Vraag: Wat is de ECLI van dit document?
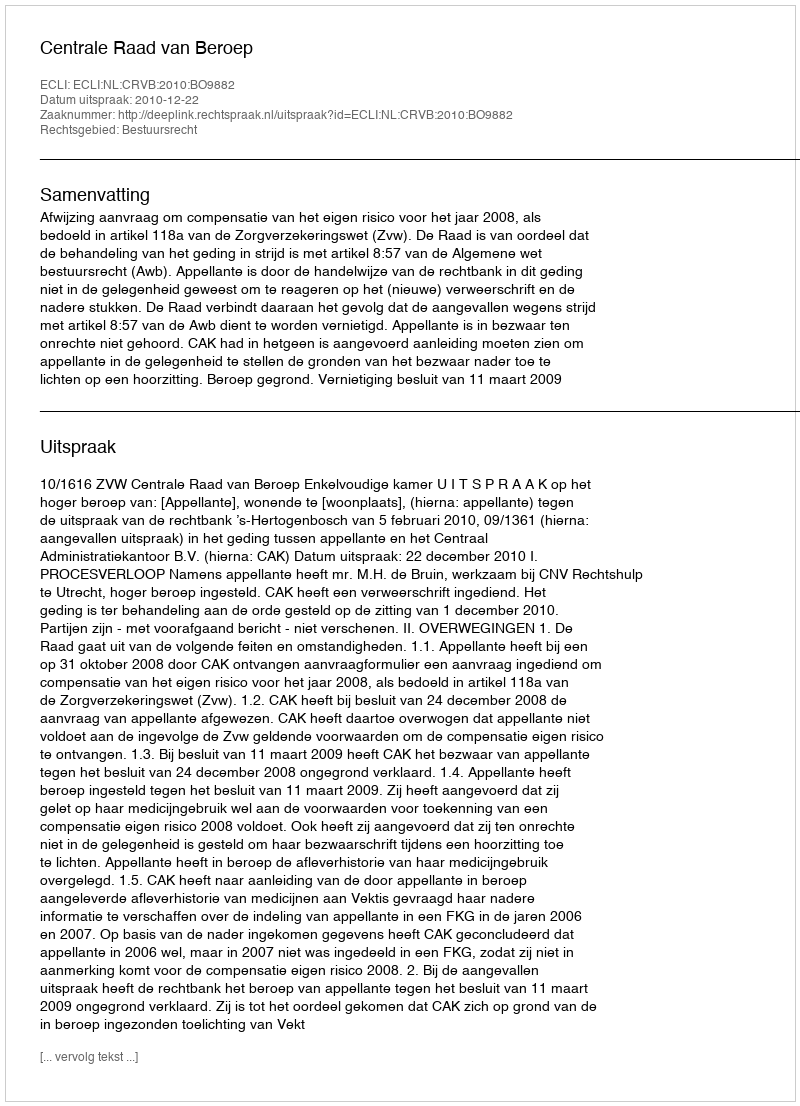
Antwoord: ECLI:NL:CRVB:2010:BO9882